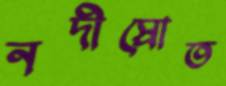
নদীস্রোত